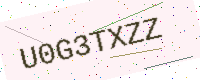
Text: U0G3TXZZ